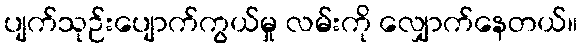
ပျက်သုဉ်းပျောက်ကွယ်မှု လမ်းကို လျှောက်နေတယ်။